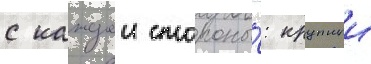
с каждои стороны́: крупныи